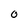
Character: 0